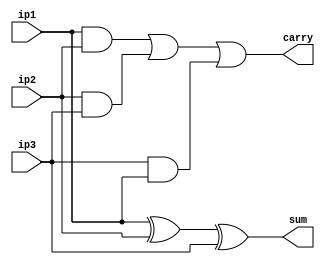
`timescale 1ns / 1ps
module FA_GL(ip1,ip2,ip3,carry,sum);
    input ip1,ip2,ip3;
    output carry,sum;
    wire s1,c1,c2,c3;
    xor x1(s1,ip1,ip2);
    xor x2(sum,s1,ip3);
    and a1(c1,ip1,ip2);
    and a2(c2,ip2,ip3);
    and a3(c3,ip3,ip1);
    or o1(carry,c1,c2,c3);
endmodule